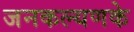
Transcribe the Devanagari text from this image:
जनकल्यणके